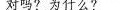
对吗?为什么？